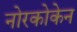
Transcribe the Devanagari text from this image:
नोरकोकेन